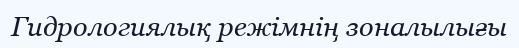
Гидрологиялық режімнің зоналылығы